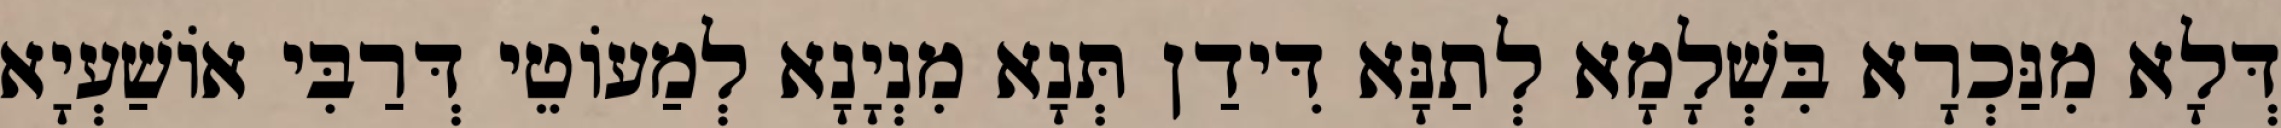
דְּלָא מִנַּכְרָא בִּשְׁלָמָא לְתַנָּא דִּידַן תְּנָא מִנְיָנָא לְמַעוֹטֵי דְּרַבִּי אוֹשַׁעְיָא